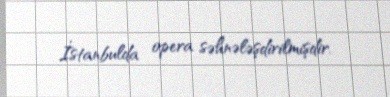
İstanbulda opera səhnələşdirilmişdir.